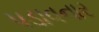
પડાવનાર